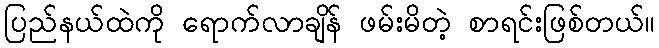
ပြည်နယ်ထဲကို ရောက်လာချိန် ဖမ်းမိတဲ့ စာရင်းဖြစ်တယ်။